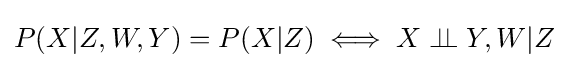
P(X|Z,W,Y)=P(X|Z)\iff X\perp \!\!\!\perp Y,W|Z